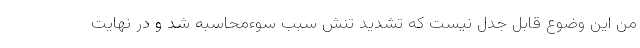
من این وضوع قابل جدل نیست که تشدید تنش سبب سوءمحاسبه شد و در نهایت